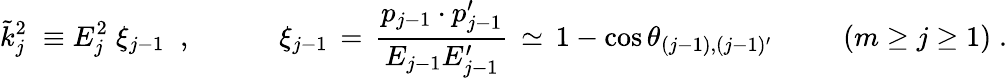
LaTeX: \tilde{k}_{j}^{2}\; \equiv E_{j}^{2}\; \xi_{j-1}\; \; ,\; \; \; \; \; \; \; \; \; \; \; \xi_{j-1}\, =\, \frac{p_{j-1}\cdot p_{j-1}^{\prime}}{E_{j-1}E_{j-1}^{\prime}}\, \simeq\, 1-\cos\theta_{(j\mathrm{-}1),(j\mathrm{-}1)^{\prime}}\; \; \; \; \; \; \; \; \; (m\ge j\ge 1)\; .